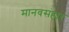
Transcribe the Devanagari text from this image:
मानवसंहार